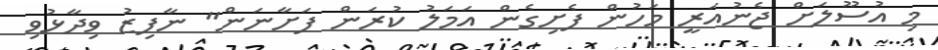
މި އުސޫލަށް ޖެނުއަރީ މަހުން ފެށިގެން އަމަލު ކުރަން ފަށާނަން" ނާފިޒު ވިދާޅުވި